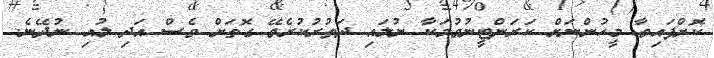
ކޮށްފައިވާ މީހުންނަށް ކަރަންޓީނުވުމަކާ ނުލައި ދަތުރުކުރެވޭ ގޮތަށް ވެސް އަދި ލުއި ނުދޭނެ.